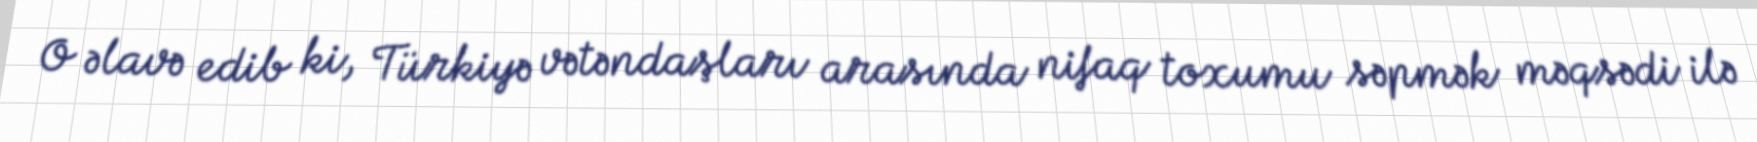
O əlavə edib ki, Türkiyə vətəndaşları arasında nifaq toxumu səpmək məqsədi ilə